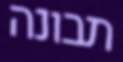
תבונה